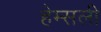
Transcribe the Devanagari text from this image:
हेम्सली